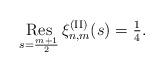
LaTeX: \begin{align*}\mathop{{\rm Res}}_{s=\frac{m+1}{2}}\xi_{n,m}^{({\rm II})}(s)=\tfrac{1}{4}.\end{align*}